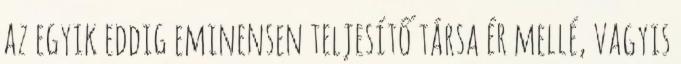
az egyik eddig eminensen teljesítő társa ér mellé, vagyis